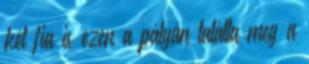
két fia is ezen a pályán találta meg a